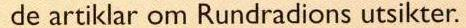
 de artiklar om Rundradions utsikter.